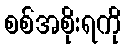
စစ်အစိုးရကို